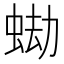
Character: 蜐